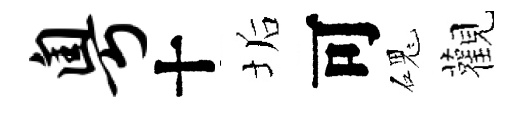
粤十垢可磈觀